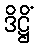
ဒိဋ္ဌိံ